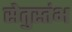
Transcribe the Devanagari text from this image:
सेतुस्तंभ